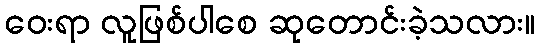
ဝေးရာ လူဖြစ်ပါစေ ဆုတောင်းခဲ့သလား။